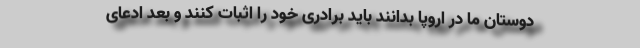
دوستان ما در اروپا بدانند باید برادری خود را اثبات کنند و بعد ادعای